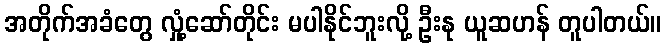
အတိုက်အခံတွေ လှုံ့ဆော်တိုင်း မပါနိုင်ဘူးလို့ ဦးနု ယူဆဟန် တူပါတယ်။